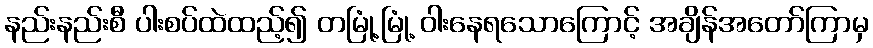
နည်းနည်းစီ ပါးစပ်ထဲထည့်၍ တမြုံ့မြုံ့ ဝါးနေရသောကြောင့် အချိန်အတော်ကြာမှ